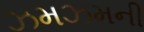
ઝમઝમની